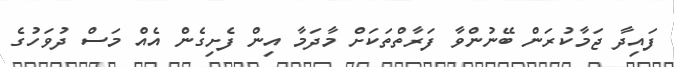
ފައިދާ ޖަމާކުރަން ބޭނުންވާ ފަރާތްތަކަށް މާދަމާ އިން ފެށިގެން އެއް މަސް ދުވަހުގެ